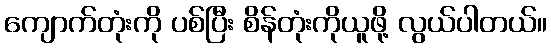
ကျောက်တုံးကို ပစ်ပြီး စိန်တုံးကိုယူဖို့ လွယ်ပါတယ်။